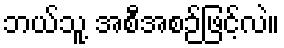
ဘယ်သူ့ အစီအစဉ်ဖြင့်လဲ။